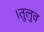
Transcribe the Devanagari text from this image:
।तुलुव